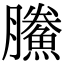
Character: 鰧